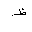
Letter: _za